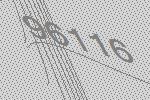
96116